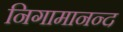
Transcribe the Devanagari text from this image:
निगामानन्द